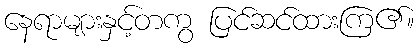
နေရာများနှင့်တကွ ပြင်ဆင်ထားကြ၏။